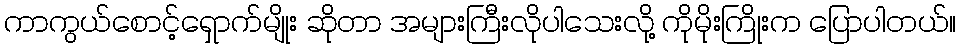
ကာကွယ်စောင့်ရှောက်မျိုး ဆိုတာ အများကြီးလိုပါသေးလို့ ကိုမိုးကြိုးက ပြောပါတယ်။